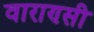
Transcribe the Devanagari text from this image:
वाराण्सी